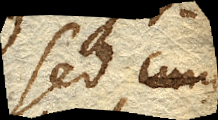
Sed cum